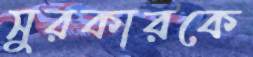
সুরকারকে